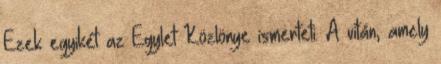
Ezek egyikét az Egylet Közlönye ismerteti. A vitán, amely